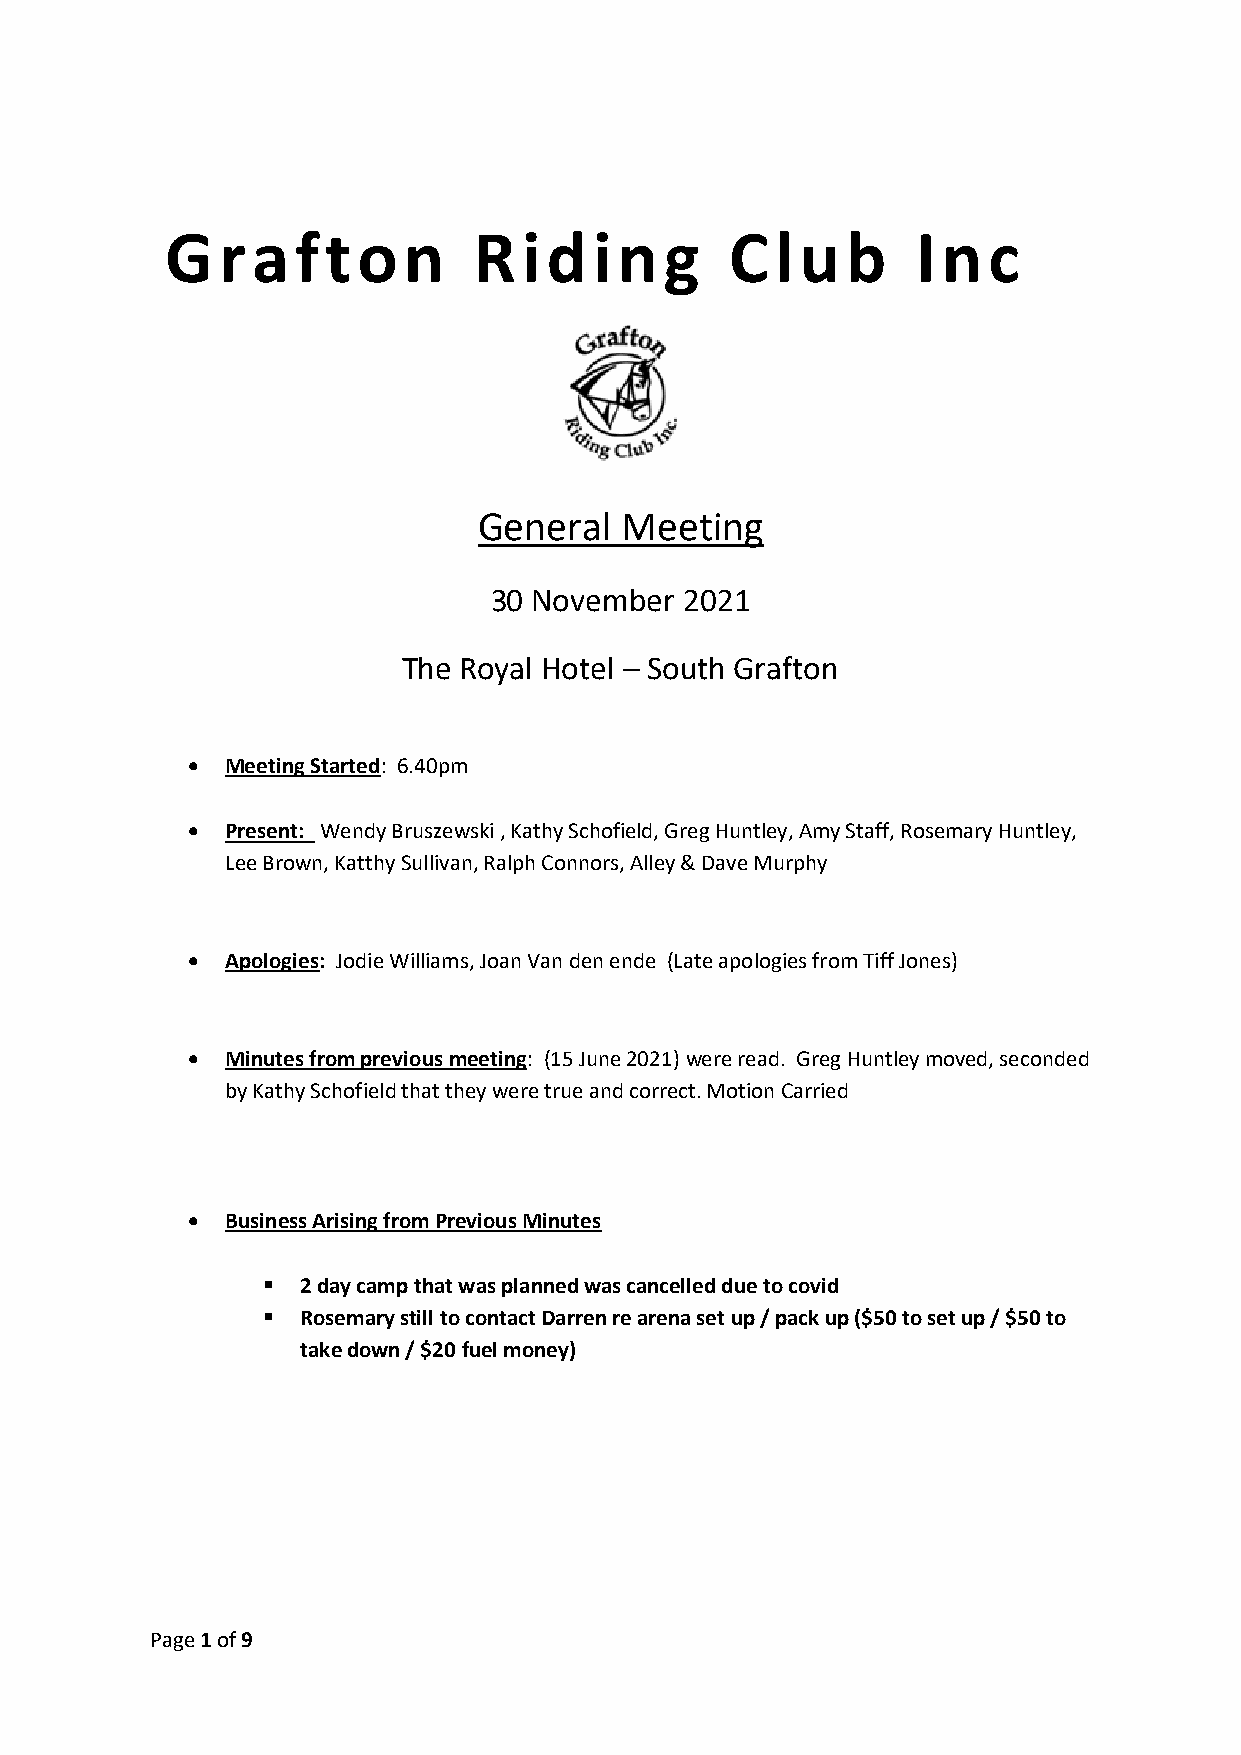
Gr    afton         Riding           Club         Inc
 General  Meeting
 30 November  2021
 The Royal Hotel – South Grafton
   Meeting Started: 6.40pm
   Present: Wendy Bruszewski , Kathy Schofield, Greg Huntley, Amy Staff, Rosemary Huntley,
 Lee Brown, Katthy Sullivan, Ralph Connors, Alley & Dave Murphy
   Apologies: Jodie Williams, Joan Van den ende (Late apologies from Tiff Jones)
   Minutes from previous meeting: (15 June 2021) were read. Greg Huntley moved, seconded
 by Kathy Schofield that they were true and correct. Motion Carried
   Business Arising from Previous Minutes
   2 day camp that was planned was cancelled due to covid
   Rosemary still to contact Darren re arena set up / pack up ($50 to set up / $50 to
 take down / $20 fuel money)
 Page 1 of 9